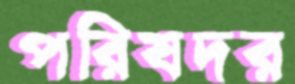
পরিষদর